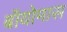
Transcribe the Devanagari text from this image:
बॉयोमास